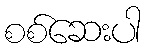
စစ်ဆေးပါ